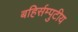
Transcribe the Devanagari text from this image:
बहिर्सम्पुटीय